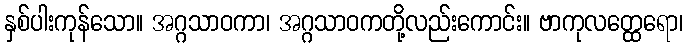
နှစ်ပါးကုန်သော။ အဂ္ဂသာဝကာ၊ အဂ္ဂသာဝကတို့လည်းကောင်း။ ဗာကုလတ္ထေရော၊